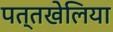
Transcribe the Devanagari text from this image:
पत्तखेलिया